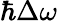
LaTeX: \hbar\Delta\omega